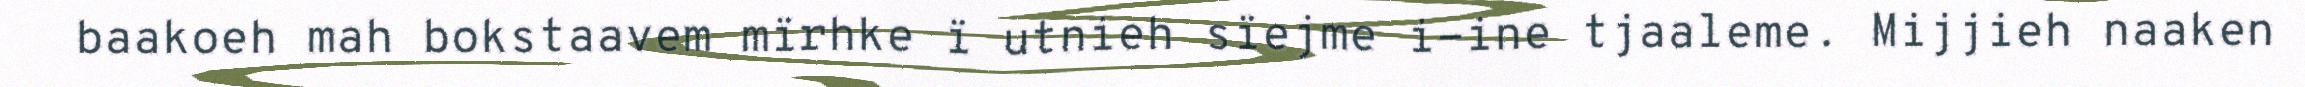
baakoeh mah bokstaavem mïrhke ï utnieh sïejme i-ine tjaaleme. Mijjieh naaken